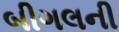
બીગલની